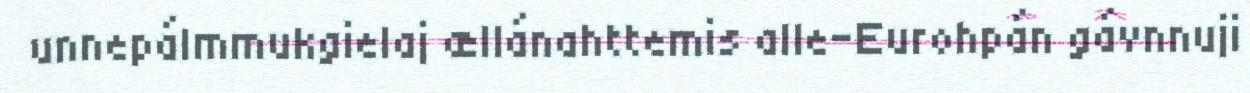
unnepálmmukgielaj ællánahttemis alle-Eurohpán gávnnuji